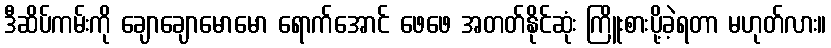
ဒီဆိပ်ကမ်းကို ချောချောမောမော ရောက်အောင် ဖေဖေ အတတ်နိုင်ဆုံး ကြိူးစားပို့ခဲ့ရတာ မဟုတ်လား။